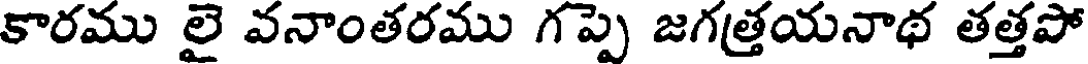
కారము లై వనాంతరము గప్పె జగత్తయనాథ తత్తపో